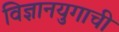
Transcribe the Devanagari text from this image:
विज्ञानयुगाची